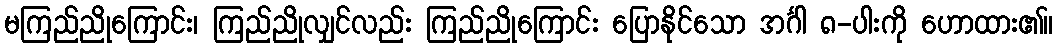
မကြည်ညိုကြောင်း၊ ကြည်ညိုလျှင်လည်း ကြည်ညိုကြောင်း ပြောနိုင်သော အင်္ဂါ ၈-ပါးကို ဟောထား၏။